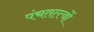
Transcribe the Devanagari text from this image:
पंचतत्त्वों